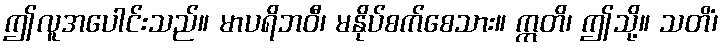
ဤလူအပေါင်းသည်။ မာပရိဘဝီ၊ မနိုပ်စက်စေသား။ ဣတိ၊ ဤသို့။ သတိံ၊